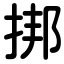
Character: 挷